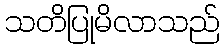
သတိပြုမိလာသည်